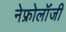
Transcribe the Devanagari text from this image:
नेफ्रोलॉंजी